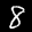
Label: 8